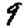
Digit: 9